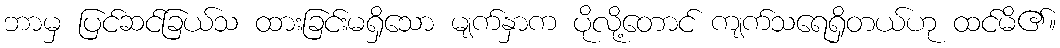
ဘာမှ ပြင်ဆင်ခြယ်သ ထားခြင်းမရှိသော မျက်နှာက ပိုလို့တောင် ကျက်သရေရှိတယ်ဟု ထင်မိ၏။